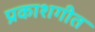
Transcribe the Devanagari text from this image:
प्रकाशगीत